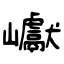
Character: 巘